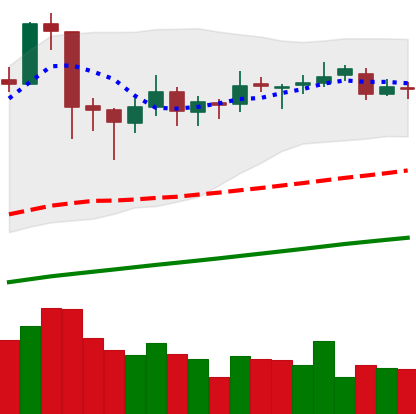
Ticker: ETC-USD
Chart end date: 2019-06-20
Forward return: 8.891%
Label: up_7plus